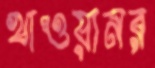
খাওয়ানর